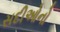
સદીઓનો